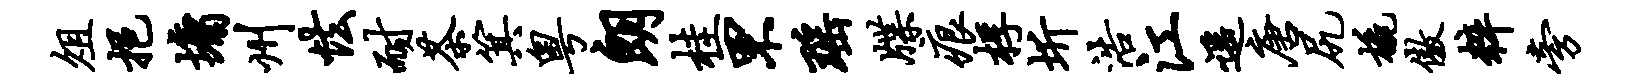
俎挹墉州怯耐茶箕粤朗桂罘瑶牒痕桴圻浩江遥唐尻橇傲粹旁